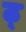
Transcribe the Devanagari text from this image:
ठ्‌